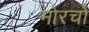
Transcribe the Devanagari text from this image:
मोरचों